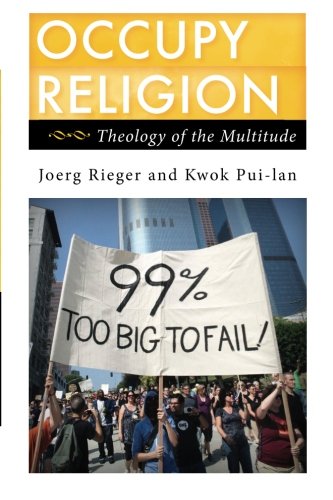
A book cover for Occupy Religion: Theology of the Multitude (Religion in the Modern World); Joerg Rieger; Christian Books & Bibles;